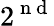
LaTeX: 2^{\mathrm{~n~d~}}